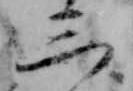
三